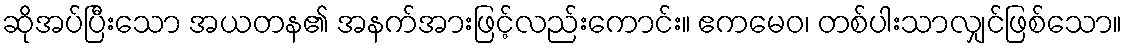
ဆိုအပ်ပြီးသော အယတန၏ အနက်အားဖြင့်လည်းကောင်း။ ဧကမေဝ၊ တစ်ပါးသာလျှင်ဖြစ်သော။